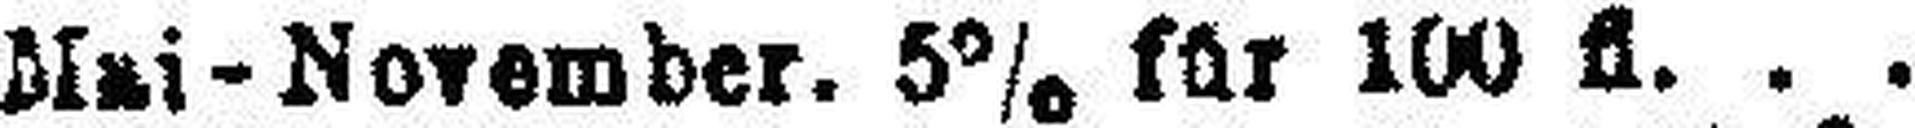
Mai-November. 5% für 100 fl.